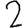
Digit: 2